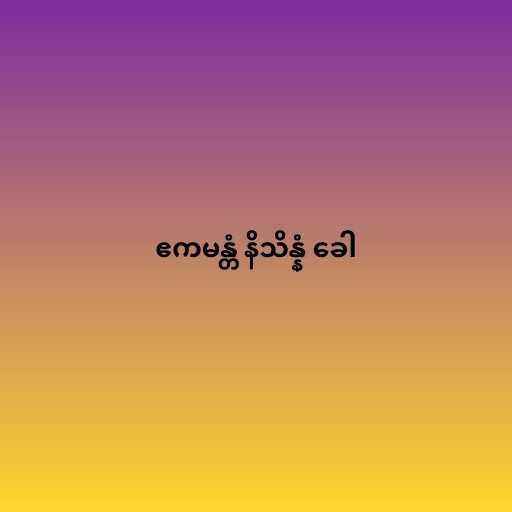
ဧကမန္တံ နိသိန္နံ ခေါ